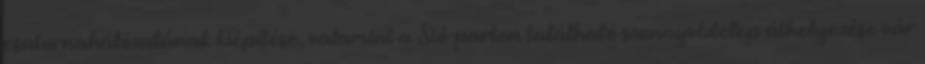
csatornahálózatának kiépítése, valamint a Sió-parton található szennyvíztelep áthelyezése vár